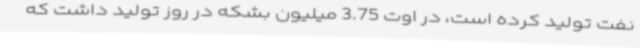
نفت تولید کرده است، در اوت 3.75 میلیون بشکه در روز تولید داشت که